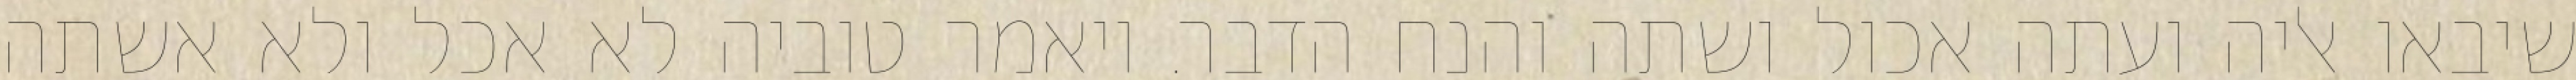
שיבאו אליה ועתה אכול ושתה והנח הדבר. ויאמר טוביה לא אכל ולא אשתה